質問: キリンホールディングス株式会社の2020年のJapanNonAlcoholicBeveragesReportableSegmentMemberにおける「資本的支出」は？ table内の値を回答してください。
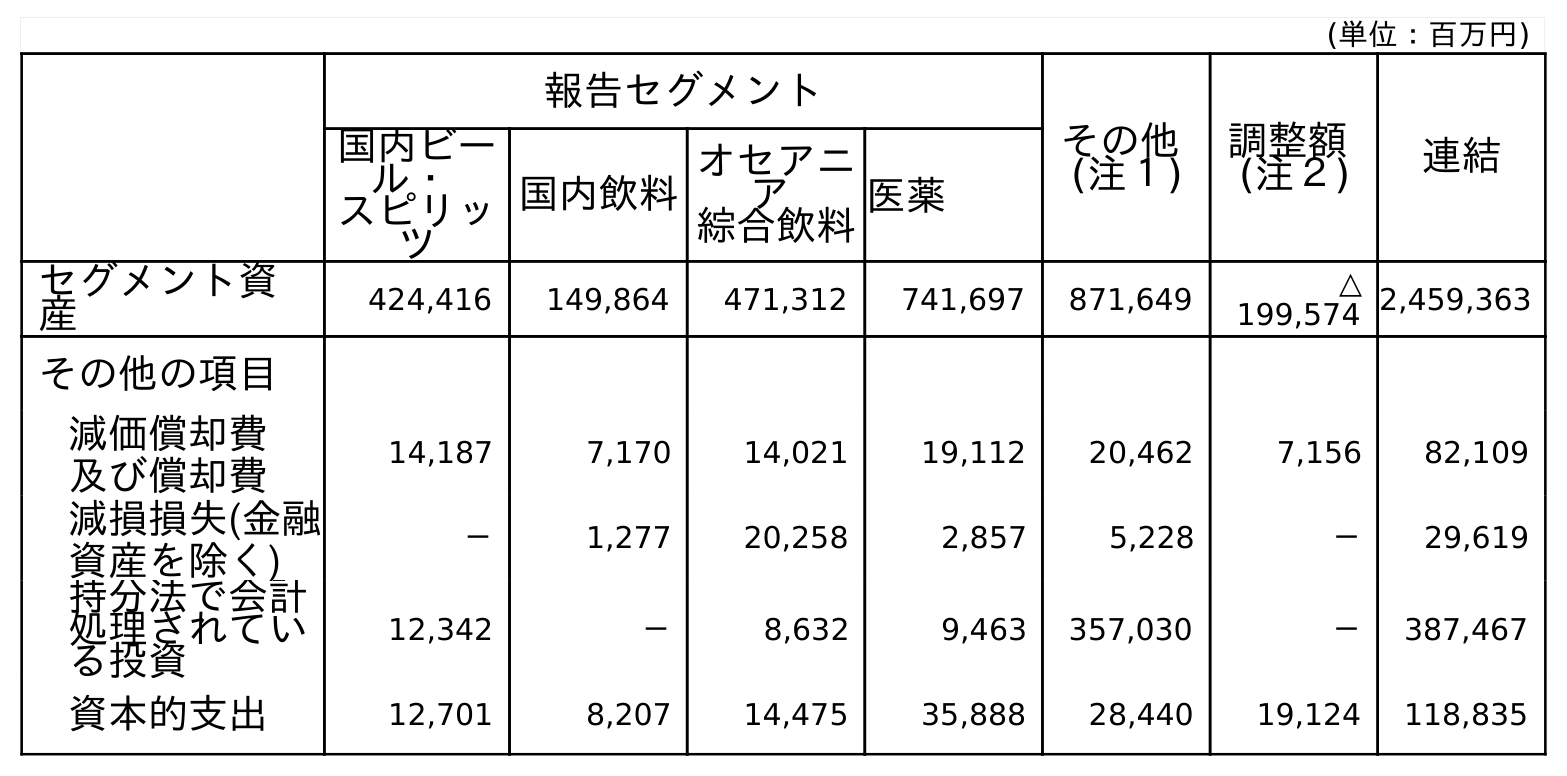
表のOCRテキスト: (単位：百万円) 報告セグメント その他 (注１) 調整額 (注２) 連結 国内ビー ル・ スピリッ ツ 国内飲料 オセアニ ア 綜合飲料医薬 セグメント資 産 424,416 149,864 471,312 741,697 871,649 △ 199,574 2,459,363 その他の項目 減価償却費 及び償却費 14,187 7,170 14,021 19,112 20,462 7,156 82,109 減損損失(金融 資産を除く) － 1,277 20,258 2,857 5,228 － 29,619 持分法で会計 処理されてい る投資 12,342 － 8,632 9,463 357,030 － 387,467 資本的支出 12,701 8,207 14,475 35,888 28,440 19,124 118,835
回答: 8,207